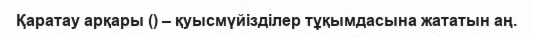
Қаратау арқары () – қуысмүйізділер тұқымдасына жататын аң.